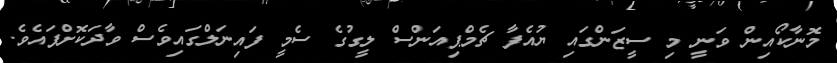
މޮނާކޯއިން ވަނީ މި ސީޒަންގައި ޔުއެފާ ޗެމްޕިއަންސް ލީގުގެ ސެމީ ފައިނަލްގައިވެސް ވާދަކޮށްފައެވެ.